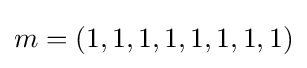
m=(1,1,1,1,1,1,1,1)